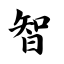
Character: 智